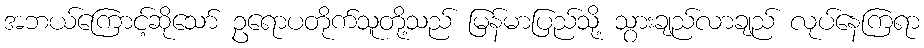
အဘယ်ကြောင့်ဆိုသော် ဥရောပတိုက်သူတို့သည် မြန်မာပြည်သို့ သွားချည်လာချည် လုပ်နေကြရာ